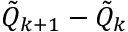
\Tilde { Q } _ { k + 1 } - \Tilde { Q } _ { k }